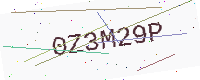
Text: 0Z3M29P